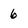
Character: 6